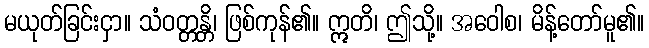
မယုတ်ခြင်းငှာ။ သံဝတ္တန္တိ၊ ဖြစ်ကုန်၏။ ဣတိ၊ ဤသို့။ အဝေါစ၊ မိန့်တော်မူ၏။